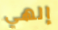
إلهي